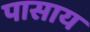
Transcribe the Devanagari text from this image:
पासाय